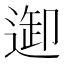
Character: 𨓴